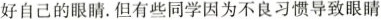
好自己的眼睛。但有些同学因为不良习惯导致眼睛